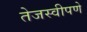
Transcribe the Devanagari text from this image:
तेजस्वीपणे